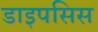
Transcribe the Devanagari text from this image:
डाइपसिस